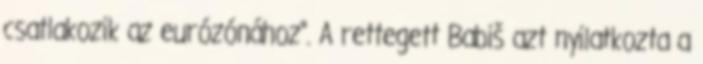
csatlakozik az eurózónához“. A rettegett Babiš azt nyilatkozta a